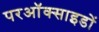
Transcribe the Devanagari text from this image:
परऑक्साइडों